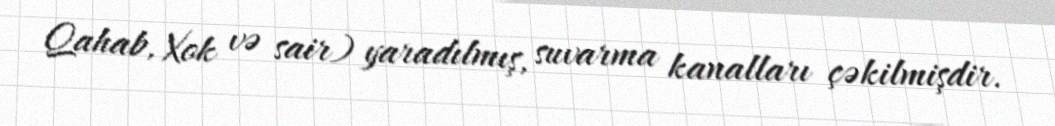
Qahab, Xok və sair) yaradılmış, suvarma kanalları çəkilmişdir.